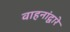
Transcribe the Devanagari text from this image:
वाहनांद्वारे